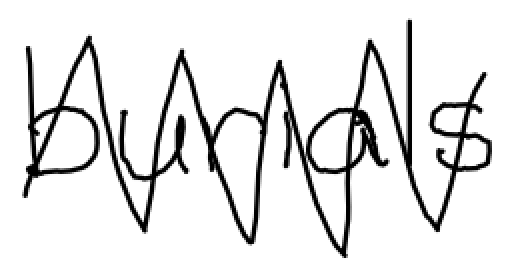
Text: burials
Cross-out: zig-zag
Writing tool: digital_black